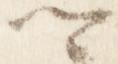
卿